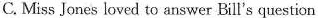
C. Miss Jones loved to answer Bill's question